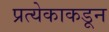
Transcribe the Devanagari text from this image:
प्रत्येकाकडून